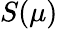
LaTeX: S(\mu)